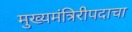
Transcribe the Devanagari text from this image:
मुख्यमंत्रिरीपदाचा